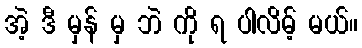
အဲ့ ဒီ မှန် မှ ဘဲ ကို ရ ပါလိမ့် မယ်။